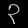
Digit: ၃